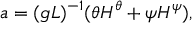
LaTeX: a = ( g L ) ^ { - 1 } ( \theta H ^ { \theta } + \psi H ^ { \psi } ) ,